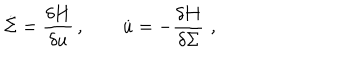
\dot { \Sigma } = \frac { \delta { \bf H } } { \delta u } \, , \qquad \dot { u } = - \frac { \delta { \bf H } } { \delta \Sigma } \, \, ,